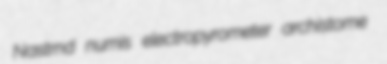
Nastrnd numis electropyrometer archistome